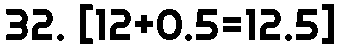
32. [12+0.5=12.5]